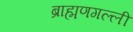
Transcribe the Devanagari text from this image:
ब्राह्मणगल्ली